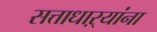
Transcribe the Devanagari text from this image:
सत्ताधाऱ्यांना